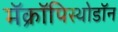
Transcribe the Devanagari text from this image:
मॅक्रॉपिस्थोडॉन